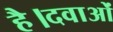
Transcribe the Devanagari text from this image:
है।दवाओं